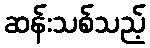
ဆန်းသစ်သည့်